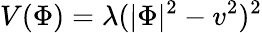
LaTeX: V(\Phi)=\lambda(|\Phi|^{2}-v^{2})^{2}